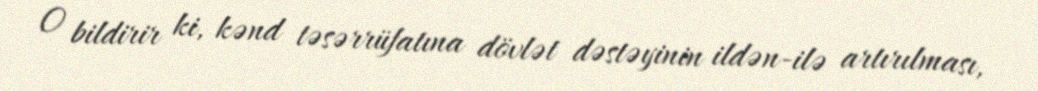
O bildirir ki, kənd təsərrüfatına dövlət dəstəyinin ildən-ilə artırılması,